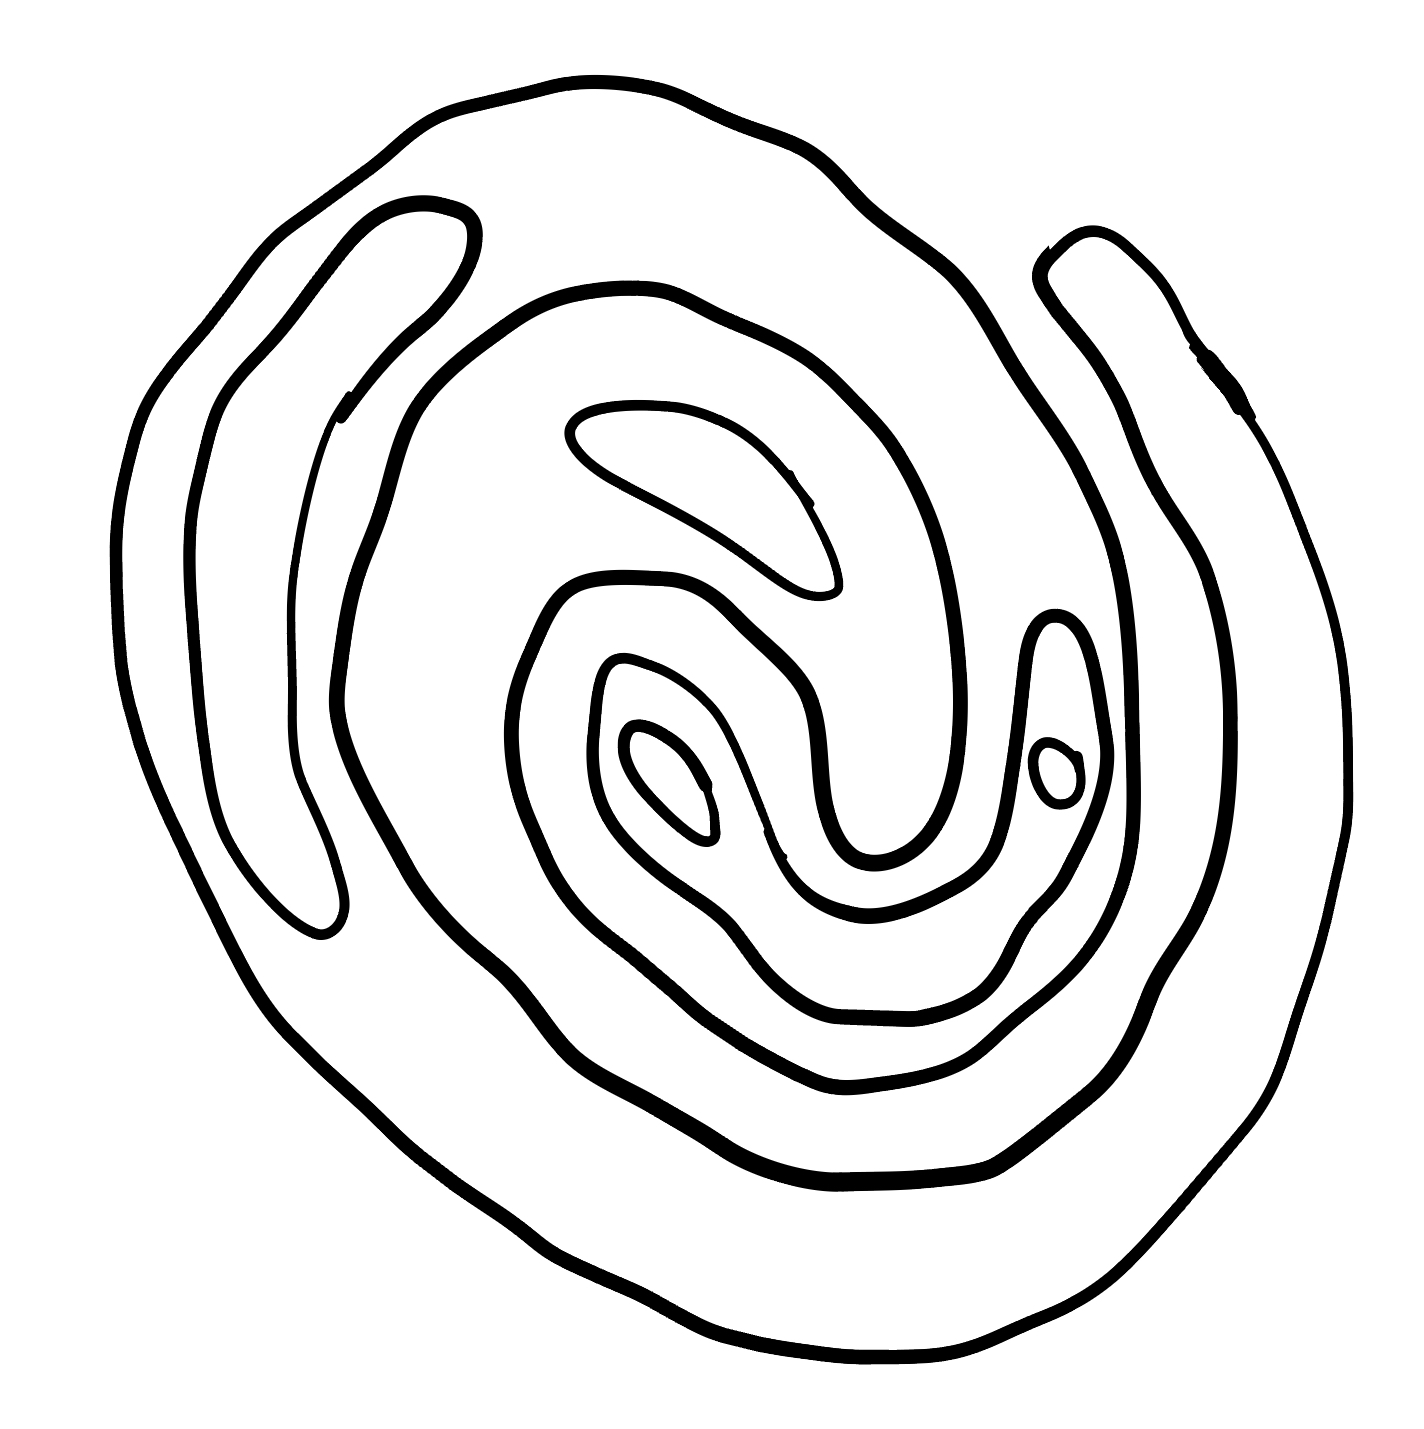
Number of regions (including the outer root region): 7
Containment tree edges (parent, child): 0, 1, 0, 2, 2, 3, 2, 6, 3, 4, 3, 5